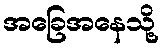
အခြေအနေသို့